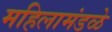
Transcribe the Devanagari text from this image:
महिलामंडळे